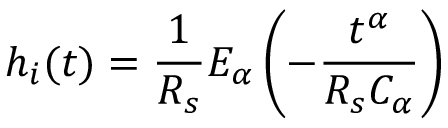
h _ { i } ( t ) = \frac { 1 } { R _ { s } } E _ { \alpha } \left( - \frac { t ^ { \alpha } } { R _ { s } C _ { \alpha } } \right)